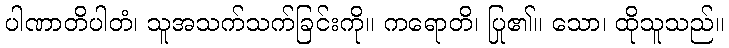
ပါဏာတိပါတံ၊ သူအသက်သက်ခြင်းကို။ ကရောတိ၊ ပြု၏။ သော၊ ထိုသူသည်။